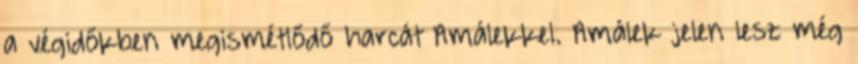
a végidőkben megismétlődő harcát Amálekkel. Amálek jelen lesz még